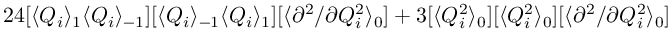
2 4 [ \langle Q _ { i } \rangle _ { 1 } \langle Q _ { i } \rangle _ { - 1 } ] [ \langle Q _ { i } \rangle _ { - 1 } \langle Q _ { i } \rangle _ { 1 } ] [ \langle { \partial ^ { 2 } } / { \partial Q _ { i } ^ { 2 } } \rangle _ { 0 } ] + 3 [ \langle Q _ { i } ^ { 2 } \rangle _ { 0 } ] [ \langle Q _ { i } ^ { 2 } \rangle _ { 0 } ] [ \langle { \partial ^ { 2 } } / { \partial Q _ { i } ^ { 2 } } \rangle _ { 0 } ]